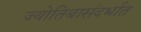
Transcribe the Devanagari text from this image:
ज्योतिबासंदर्भात